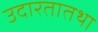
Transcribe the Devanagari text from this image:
उदारतातथा